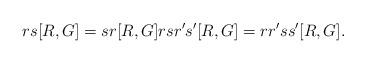
LaTeX: \begin{align*}rs[R,G]=sr[R,G]rsr's'[R,G]=rr'ss'[R,G].\end{align*}